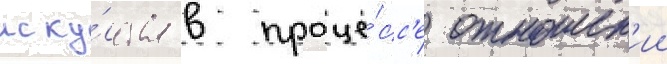
иску́сства в проце́сс'е отношен'ии